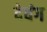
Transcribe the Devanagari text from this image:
देवंग